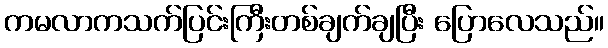
ကမလာကသက်ပြင်းကြီးတစ်ချက်ချပြီး ပြောလေသည်။